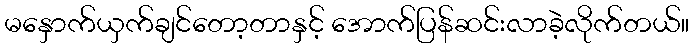
မနှောက်ယှက်ချင်တော့တာနှင့် အောက်ပြန်ဆင်းလာခဲ့လိုက်တယ်။